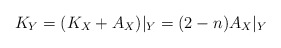
\begin{align*}K_Y = (K_X + A_X)\vert_Y = (2 - n)A_X\vert_Y\end{align*}